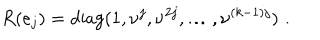
R ( e _ { j } ) = \mathrm { d i a g } ( 1 , \nu ^ { j } , \nu ^ { 2 j } , \ldots , \nu ^ { ( k - 1 ) j } ) \, \, .